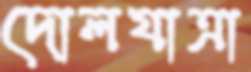
দোলযাত্রা